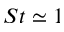
S t \simeq 1